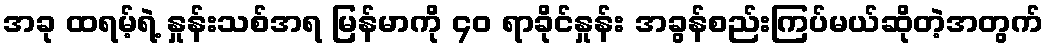
အခု ထရမ့်ရဲ့ နှုန်းသစ်အရ မြန်မာကို ၄၀ ရာခိုင်နှုန်း အခွန်စည်းကြပ်မယ်ဆိုတဲ့အတွက်